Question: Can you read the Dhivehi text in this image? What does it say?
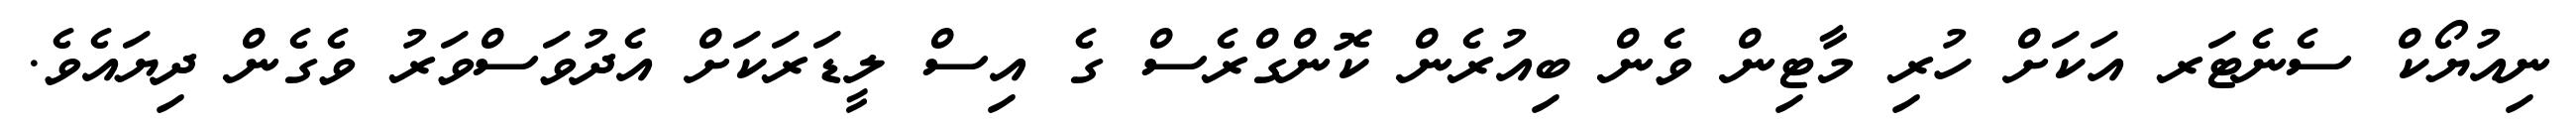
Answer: ނިއުޔޯކް ސެނެޓަރ އަކަށް ހުރި މާޓިން ވެން ބިއުރެން ކޮންގްރެސް ގެ އިސް ލީޑަރަކަށް އެދުވަސްވަރު ވެގެން ދިޔައެވެ.